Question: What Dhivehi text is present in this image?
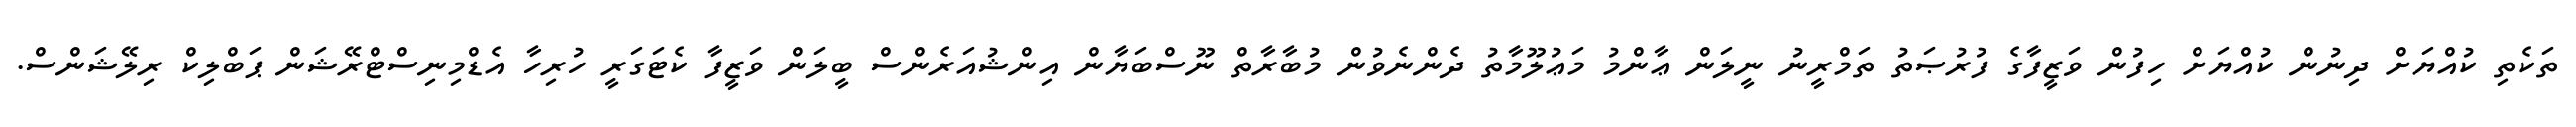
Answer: ތަކެތި ކުއްޔަށް ދިނުން ކުއްޔަށް ހިފުން ވަޒީފާގެ ފުރުޞަތު ތަމްރީނު ނީލަން ޢާންމު މަޢުލޫމާތު ދެންނެވުން މުބާރާތް ނޫސްބަޔާން އިންޝުއަރެންސް ބީލަން ވަޒީފާ ކެޓަގަރީ ހުރިހާ އެޑްމިނިސްޓްރޭޝަން ޕަބްލިކް ރިލޭޝަންސް.